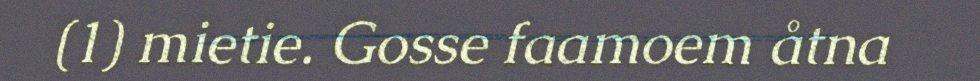
(1) mietie. Gosse faamoem åtna